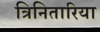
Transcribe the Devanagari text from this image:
त्रिनितारिया